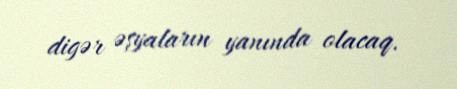
digər əşyaların yanında olacaq.